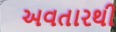
અવતારથી